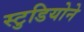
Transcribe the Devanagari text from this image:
स्टुडियोने